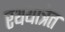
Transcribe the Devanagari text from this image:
रथयात्रेत